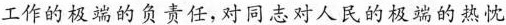
工作的极端的负责任，对同志对人民的极端的热忱